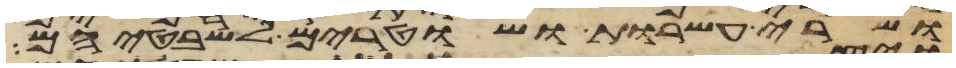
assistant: ושרי עשרות ושטרים לשבטיהם